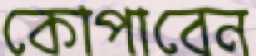
কোপাবেন